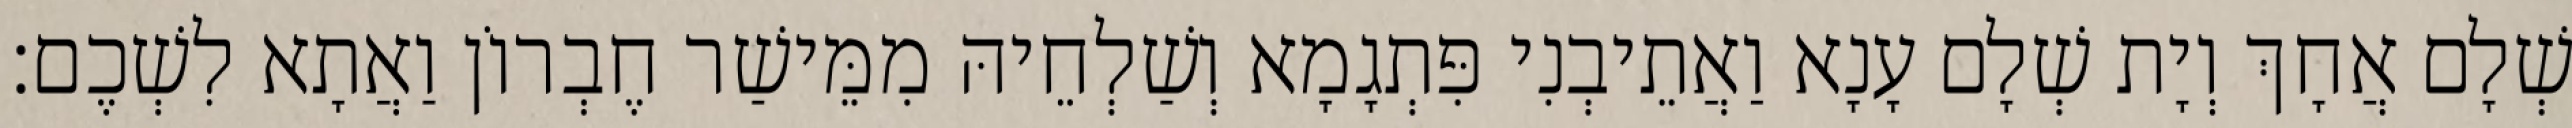
שְׁלָם אֲחָךְ וְיָת שְׁלָם עָנָא וַאֲתֵיבְנִי פִּתְגָמָא וְשַׁלְחֵיהּ מִמֵּישַׁר חֶבְרוֹן וַאֲתָא לִשְׁכֶם׃